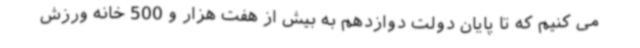
می کنیم که تا پایان دولت دوازدهم به بیش از هفت هزار و 500 خانه ورزش